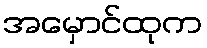
အမှောင်ထုက